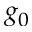
g _ { 0 }